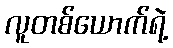
လူတစ်ယောက်ရဲ့